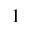
^ { 1 }